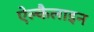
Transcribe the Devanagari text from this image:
ऐल्कैलाइन